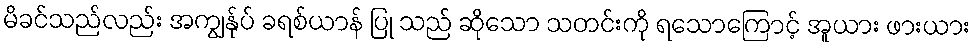
မိခင်သည်လည်း အကျွန်ုပ် ခရစ်ယာန် ပြု သည် ဆိုသော သတင်းကို ရသောကြောင့် အူယား ဖားယား